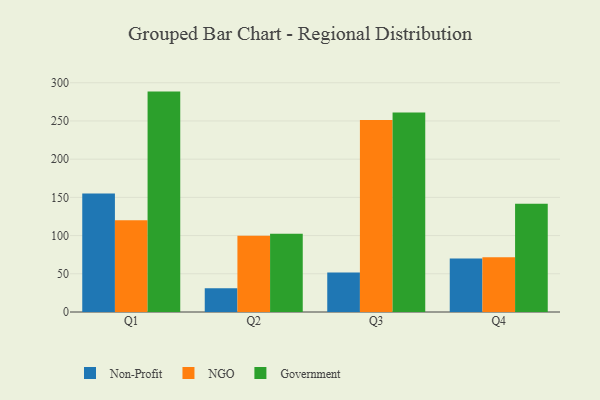
{"axis": {"x": "Quarter", "y": "Inventory Turnover"}, "legend": ["Government", "NGO", "Non-Profit"], "data": [{"x": "Q1", "y": 154.9, "type": "Non-Profit"}, {"x": "Q1", "y": 119.9, "type": "NGO"}, {"x": "Q1", "y": 288.4, "type": "Government"}, {"x": "Q2", "y": 31.0, "type": "Non-Profit"}, {"x": "Q2", "y": 99.7, "type": "NGO"}, {"x": "Q2", "y": 102.3, "type": "Government"}, {"x": "Q3", "y": 51.7, "type": "Non-Profit"}, {"x": "Q3", "y": 251.2, "type": "NGO"}, {"x": "Q3", "y": 260.9, "type": "Government"}, {"x": "Q4", "y": 69.9, "type": "Non-Profit"}, {"x": "Q4", "y": 71.7, "type": "NGO"}, {"x": "Q4", "y": 141.6, "type": "Government"}]}